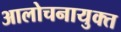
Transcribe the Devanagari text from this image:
आलोचनायुक्त